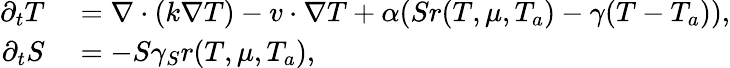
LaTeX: \begin{array}{rl}{\partial_{t}T}&{{}=\nabla\cdot(k\nabla T)-v\cdot\nabla T+\alpha(Sr(T,\mu,T_{a})-\gamma(T-T_{a})),}\\ {\partial_{t}S}&{{}=-S\gamma_{S}r(T,\mu,T_{a}),}\end{array}